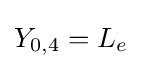
Y_{0,4}=L_{e}